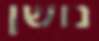
נושן